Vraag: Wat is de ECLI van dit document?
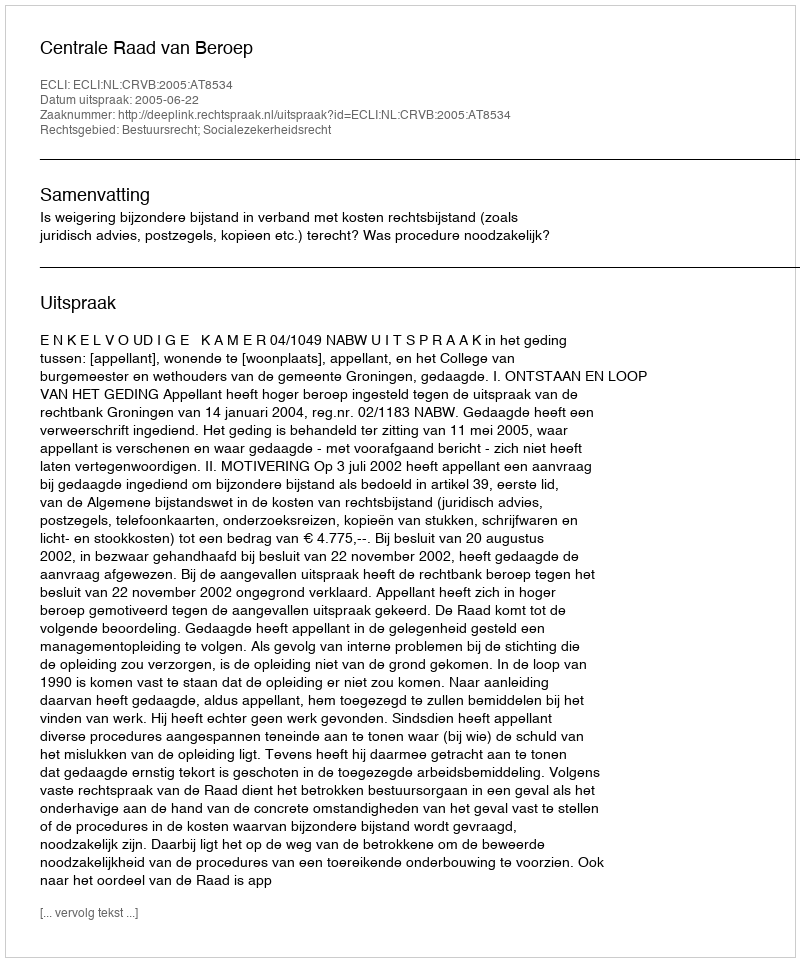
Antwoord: ECLI:NL:CRVB:2005:AT8534